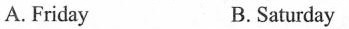
A.Friday B.Saturday